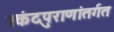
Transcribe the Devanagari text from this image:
स्कंदपुराणांतर्गत